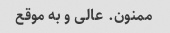
ممنون. عالی و به موقع